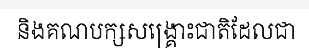
និងគណបក្សសង្គ្រោះជាតិដែលជា